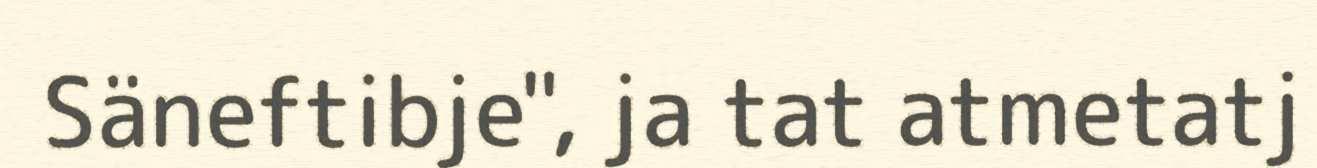
Säneftibje", ja tat atmetatj